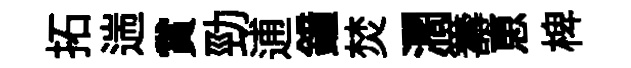
拓遄賞勁逋鐘焚濶籌恵椑